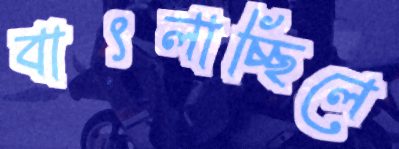
বাৎলাচ্ছিলে